Scottish Education Department, 1928
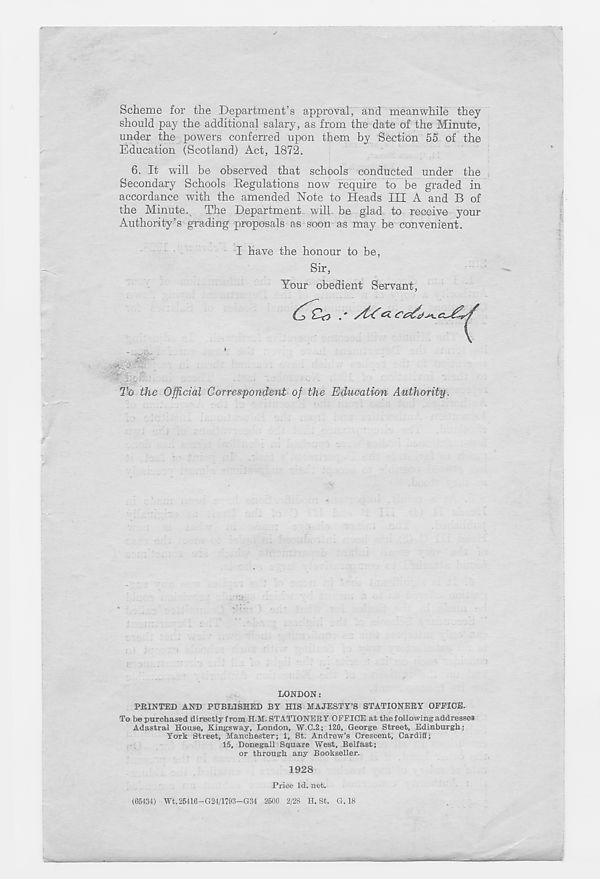
Scheme for the Department’s approval, and meanwhile they
should pay the additional salary, as from the date of the Minute,
under the powers conferred upon them by Section 55 of the
Education (Scotland) Act, 1872.
6. It will be observed that schools conducted under the
Secondary Schools Regulations now require to be graded in
accordance with the amended Note to Heads III A and B of
the Minute. The Department will be glad to receive your
Authority’s grading proposals as soon as may be convenient.
I have the honour to be,
Sir,
Your obedient Servant,
To the Official Correspondent of the Education Authority.
LONDON:
FEINTED AND PUBLISHED BY HIS MAJESTY’S STATIONEEY OFFICE.
To be purchased directly from H.M. STATIONERY OFFICE at the following addresses
Adastral House, Kingsway, London, W.C.2; 120, George Street, Edinburgh;
York Street, Manchester; 1, St. Andrew’s Crescent, Cardiff;
15, Donegall Square West, Belfast;
or through any Bookseller.
1928
Price Id. net.
(65434) Wt. 25416-024/1793-034 2500 2/28 H. St. G.18